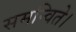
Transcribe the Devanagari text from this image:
समन्विते।